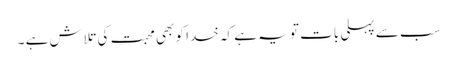
سب سے پہلی بات تو یہ ہے کہ خدا کو بھی محبت کی تلاش ہے ۔